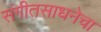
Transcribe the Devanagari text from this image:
संगीतसाधनेचा